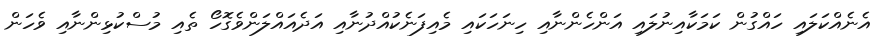
އެނެއްކަލައި ހައްގުން ކަމަކާއިނުލައި އަންހެންނާއި ހިނަހަކައި މެއިފަނެކުއްދުނާއި އަދެއައްލަންވެގޮހޯ ތެއި މުސްކުޅިންނާއި ވެހަން